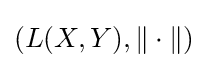
(L(X,Y),\|\cdot \|)